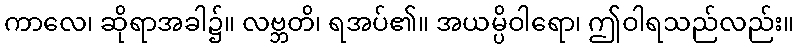
ကာလေ၊ ဆိုရာအခါ၌။ လဗ္ဘတိ၊ ရအပ်၏။ အယမ္ပိဝါရော၊ ဤဝါရသည်လည်း။